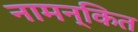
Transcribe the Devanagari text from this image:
नामन्कित